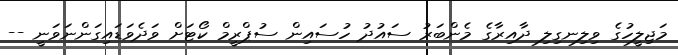
މަޖިލީހުގެ ވިލިނގިލި ދާއިރާގެ މެންބަރު ސައުދު ހުސައިން ސުޕްރީމް ކޯޓަށް ވަދެވަޑައިގަންނަވަނީ --